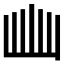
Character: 𭖈